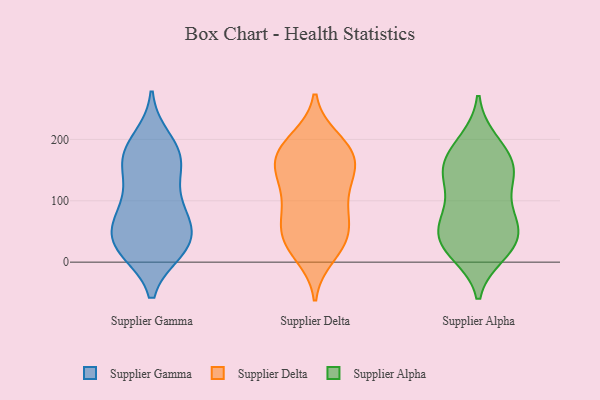
{"axis": {"x": "Waste Production (Tons)", "y": "Value"}, "legend": ["Supplier Alpha", "Supplier Delta", "Supplier Gamma"], "data": [{"x": "", "y": 29, "type": "Supplier Gamma"}, {"x": "", "y": 152, "type": "Supplier Gamma"}, {"x": "", "y": 80, "type": "Supplier Gamma"}, {"x": "", "y": 178, "type": "Supplier Gamma"}, {"x": "", "y": 23, "type": "Supplier Gamma"}, {"x": "", "y": 20, "type": "Supplier Gamma"}, {"x": "", "y": 61, "type": "Supplier Gamma"}, {"x": "", "y": 200, "type": "Supplier Gamma"}, {"x": "", "y": 113, "type": "Supplier Gamma"}, {"x": "", "y": 46, "type": "Supplier Gamma"}, {"x": "", "y": 90, "type": "Supplier Gamma"}, {"x": "", "y": 167, "type": "Supplier Gamma"}, {"x": "", "y": 72, "type": "Supplier Gamma"}, {"x": "", "y": 180, "type": "Supplier Gamma"}, {"x": "", "y": 27, "type": "Supplier Gamma"}, {"x": "", "y": 24, "type": "Supplier Gamma"}, {"x": "", "y": 160, "type": "Supplier Gamma"}, {"x": "", "y": 81, "type": "Supplier Delta"}, {"x": "", "y": 55, "type": "Supplier Delta"}, {"x": "", "y": 169, "type": "Supplier Delta"}, {"x": "", "y": 107, "type": "Supplier Delta"}, {"x": "", "y": 31, "type": "Supplier Delta"}, {"x": "", "y": 61, "type": "Supplier Delta"}, {"x": "", "y": 61, "type": "Supplier Delta"}, {"x": "", "y": 152, "type": "Supplier Delta"}, {"x": "", "y": 192, "type": "Supplier Delta"}, {"x": "", "y": 144, "type": "Supplier Delta"}, {"x": "", "y": 176, "type": "Supplier Delta"}, {"x": "", "y": 99, "type": "Supplier Delta"}, {"x": "", "y": 11, "type": "Supplier Delta"}, {"x": "", "y": 187, "type": "Supplier Delta"}, {"x": "", "y": 31, "type": "Supplier Delta"}, {"x": "", "y": 25, "type": "Supplier Delta"}, {"x": "", "y": 200, "type": "Supplier Delta"}, {"x": "", "y": 174, "type": "Supplier Delta"}, {"x": "", "y": 145, "type": "Supplier Delta"}, {"x": "", "y": 130, "type": "Supplier Delta"}, {"x": "", "y": 142, "type": "Supplier Alpha"}, {"x": "", "y": 13, "type": "Supplier Alpha"}, {"x": "", "y": 73, "type": "Supplier Alpha"}, {"x": "", "y": 150, "type": "Supplier Alpha"}, {"x": "", "y": 198, "type": "Supplier Alpha"}, {"x": "", "y": 16, "type": "Supplier Alpha"}, {"x": "", "y": 85, "type": "Supplier Alpha"}, {"x": "", "y": 39, "type": "Supplier Alpha"}, {"x": "", "y": 28, "type": "Supplier Alpha"}, {"x": "", "y": 129, "type": "Supplier Alpha"}, {"x": "", "y": 152, "type": "Supplier Alpha"}, {"x": "", "y": 194, "type": "Supplier Alpha"}, {"x": "", "y": 174, "type": "Supplier Alpha"}, {"x": "", "y": 56, "type": "Supplier Alpha"}, {"x": "", "y": 137, "type": "Supplier Alpha"}, {"x": "", "y": 82, "type": "Supplier Alpha"}, {"x": "", "y": 43, "type": "Supplier Alpha"}, {"x": "", "y": 21, "type": "Supplier Alpha"}, {"x": "", "y": 61, "type": "Supplier Alpha"}, {"x": "", "y": 160, "type": "Supplier Alpha"}]}